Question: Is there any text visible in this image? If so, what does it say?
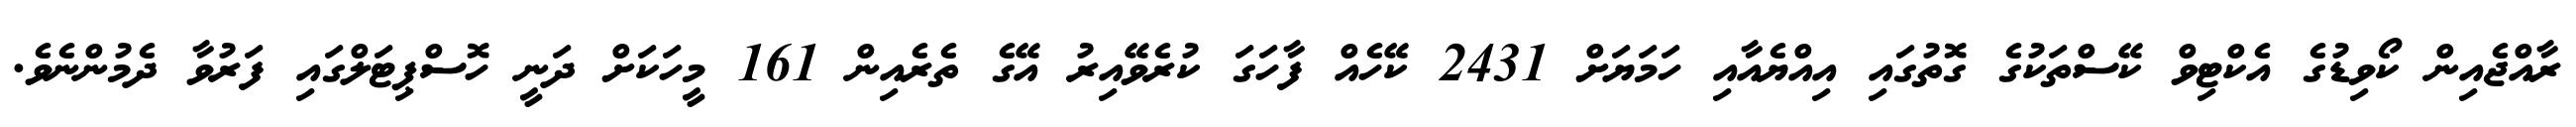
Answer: ރާއްޖެއިން ކޯވިޑުގެ އެކްޓިވް ކޭސްތަކުގެ ގޮތުގައި އިއްޔެއާއި ހަމަޔަށް 2431 ކޭހެއް ފާހަގަ ކުރެވޭއިރު އޭގެ ތެރެއިން 161 މީހަކަށް ދަނީ ހޮސްޕިޓަލްގައި ފަރުވާ ދެމުންނެވެ.